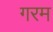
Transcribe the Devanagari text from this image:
गरम